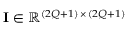
\mathbf { I } \in \mathbb { R } ^ { ( 2 Q + 1 ) \, \times \, ( 2 Q + 1 ) }